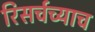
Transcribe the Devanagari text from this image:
रिसर्चच्याच